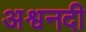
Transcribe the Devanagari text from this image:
अश्वनदी